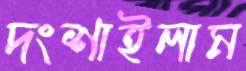
দংশাইলাম